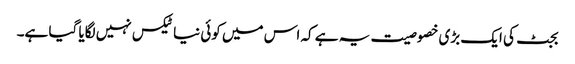
بجٹ کی ایک بڑی خصوصیت یہ ہے کہ اس میں کوئی نیا ٹیکس نہیں لگایا گیا ہے۔